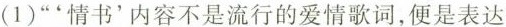
（1）“‘情书’内容不是流行的爱情歌词，便是表达”